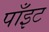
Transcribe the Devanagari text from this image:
पाँइट